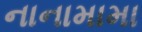
નાનામામા